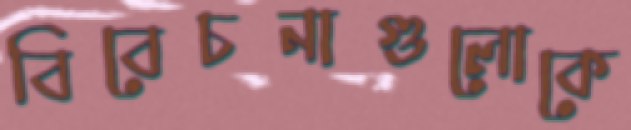
বিবেচনাগুলোকে